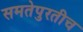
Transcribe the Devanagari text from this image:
समतेपुरतीच